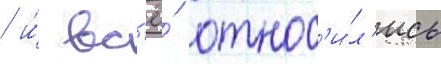
/ и́ вс'ё́ относ'и́л'ись